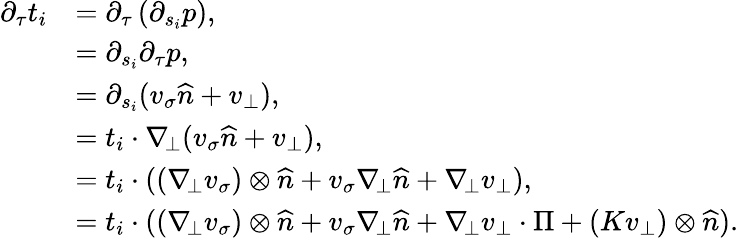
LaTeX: \begin{array}{rl}{\partial_{\tau}t_{i}}&{=\partial_{\tau}\left(\partial_{s_{i}}p\right),}\\ &{=\partial_{s_{i}}\partial_{\tau}p,}\\ &{=\partial_{s_{i}}(v_{\sigma}\widehat{n}+v_{\bot}),}\\ &{=t_{i}\cdot\nabla_{\! \bot}(v_{\sigma}\widehat{n}+v_{\bot}),}\\ &{=t_{i}\cdot((\nabla_{\! \bot}v_{\sigma})\otimes\widehat{n}+v_{\sigma}\nabla_{\! \bot}\widehat{n}+\nabla_{\! \bot}v_{\bot}),}\\ &{=t_{i}\cdot((\nabla_{\! \bot}v_{\sigma})\otimes\widehat{n}+v_{\sigma}\nabla_{\! \bot}\widehat{n}+\nabla_{\! \bot}v_{\bot}\cdot\Pi+(Kv_{\bot})\otimes\widehat{n}).}\end{array}